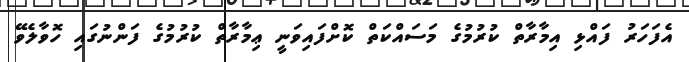
އެފަހަރު ފައްޅި އިމާރާތް ކުރުމުގެ މަސައްކަތް ކޮށްފައިވަނީ ޢިމާރާތް ކުރުމުގެ ފަންނުގައި ހޮވާލެވޭ